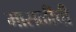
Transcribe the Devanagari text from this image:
मासळीची